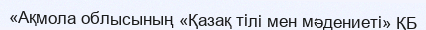
«Ақмола облысының «Қазақ тілі мен мәдениеті» ҚБ